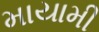
માયામી